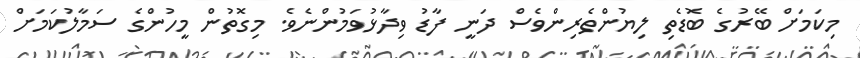
މިކަމަށް ބޭރުގެ ބޮޑެތި ލިޔުންތެރިންވެސް ދަނީ ފާޑު ވިދާޅުވަމުންނެވެ. މިގޮތުން މީހުންގެ ސަމާލުކަމަށް